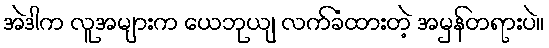
အဲဒါက လူအများက ယေဘုယျ လက်ခံထားတဲ့ အမှန်တရားပဲ။